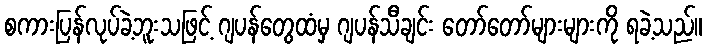
စကားပြန်လုပ်ခဲ့ဘူးသဖြင့် ဂျပန်တွေထံမှ ဂျပန်သီချင်း တော်တော်များများကို ရခဲ့သည်။